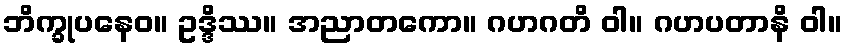
ဘိက္ခုပနေဝ။ ဥဒ္ဒိဿ။ အညာတကော။ ဂဟဂတိ ဝါ။ ဂဟပတာနိ ဝါ။